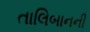
તાલિબાનની